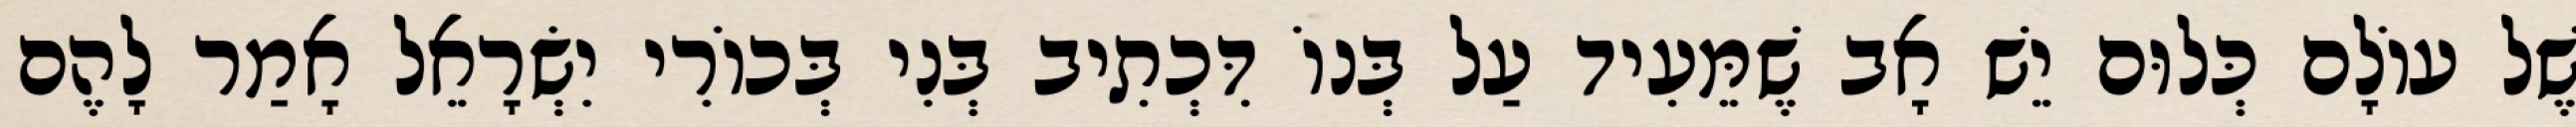
שֶׁל עוֹלָם כְּלוּם יֵשׁ אָב שֶׁמֵּעִיד עַל בְּנוֹ דִּכְתִיב בְּנִי בְּכוֹרִי יִשְׂרָאֵל אָמַר לָהֶם